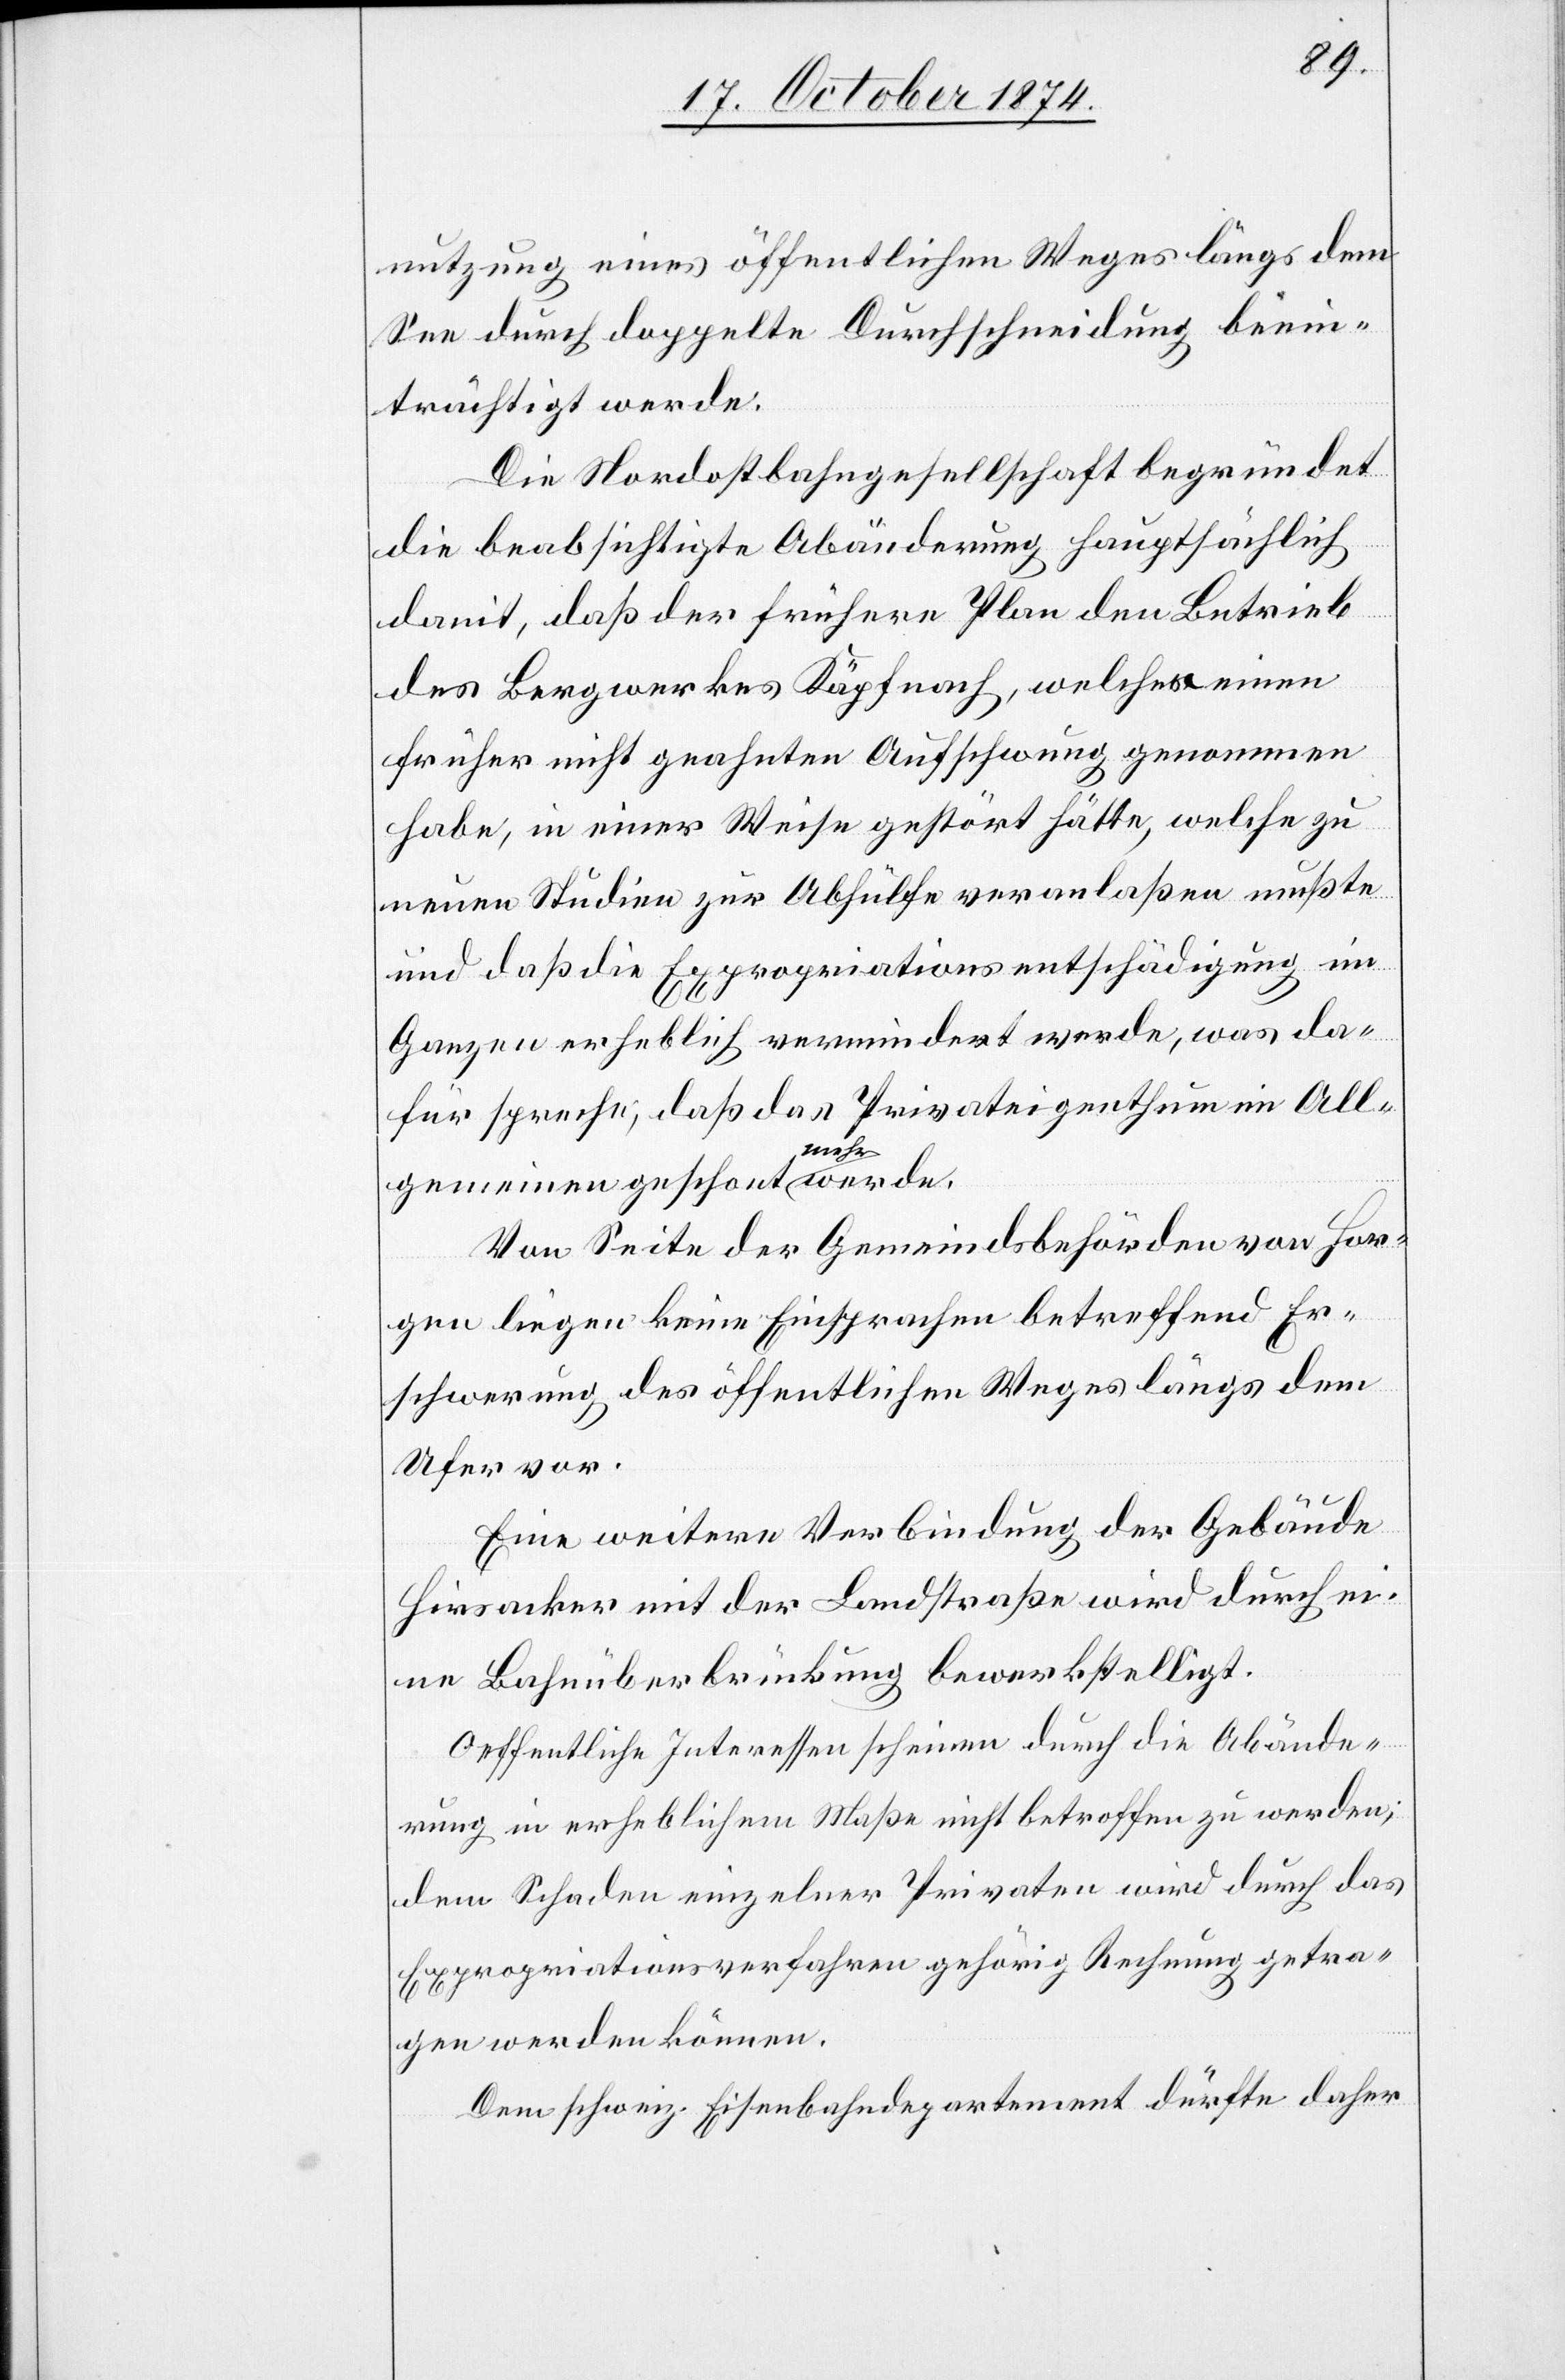
nutzung eines öffentlichen Weges längs dem
See durch doppelte Durchschneidung beein¬
trächtigt werde.
Die Nordostbahngesellschaft begründet
die beabsichtigte Abänderung hauptsächlich
damit, daß der frühere Plan den Betrieb
des Bergwerkes Käpfnach, welches einen
früher nicht geahnten Aufschwung genommen
habe, in einer Weise gestört hätte, welche zu
neuen Studien zur Abhülfe veranlaßen mußte
und daß die Expropriationsentschädigung im
Ganzen erheblich vermindert werde, was da¬
für spreche, daß das Privateigenthum im All¬
gemeinen
Von Seite der Gemeindsbehörden von Hor¬
gen liegen keine Einsprachen betreffend Er¬
schwerung des öffentlichen Weges längs dem
Ufer vor.
Eine weitere Verbindung der Gebäude
Hirsacker mit der Landstraße wird durch ei¬
ne Bahnüberbrückung bewerkstelligt.
Oeffentliche Interessen scheinen durch die Abände¬
rung in erheblichem Maße nicht betroffen zu werden;
dem Schaden einzelner Privaten wird durch das
Expropriationsverfahren gehörig Rechnung getra¬
gen werden können.
Dem schweiz. Eisenbahndepartement dürfte daher